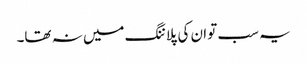
یہ سب تو ان کی پلاننگ میں نہ تھا۔